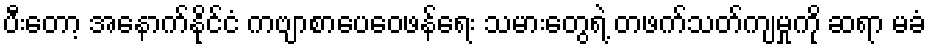
ပီးတော့ အနောက်နိုင်ငံ ကဗျာစာပေဝေဖန်ရေး သမားတွေရဲ့ တဖက်သတ်ကျမှုကို ဆရာ မခံ